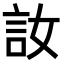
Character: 𫌳